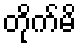
တိုက်မိ